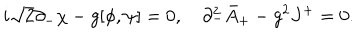
LaTeX: i \sqrt { 2 } \partial _ { - } \chi - g [ \phi , \psi ] = 0 , \quad \partial _ { - } ^ { 2 } \bar { A } _ { + } - g ^ { 2 } J ^ { + } = 0 .